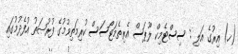
(ހ) އިރުގެ އަލި : ސިސްޓެމިކް ލޫޕަސް އެރިތެމަޓޯސަސް ކުރިމަތިވުމުގެ ފުރުޞަތު އުފެދުމުގައި